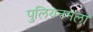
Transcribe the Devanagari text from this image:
पुलियनमला